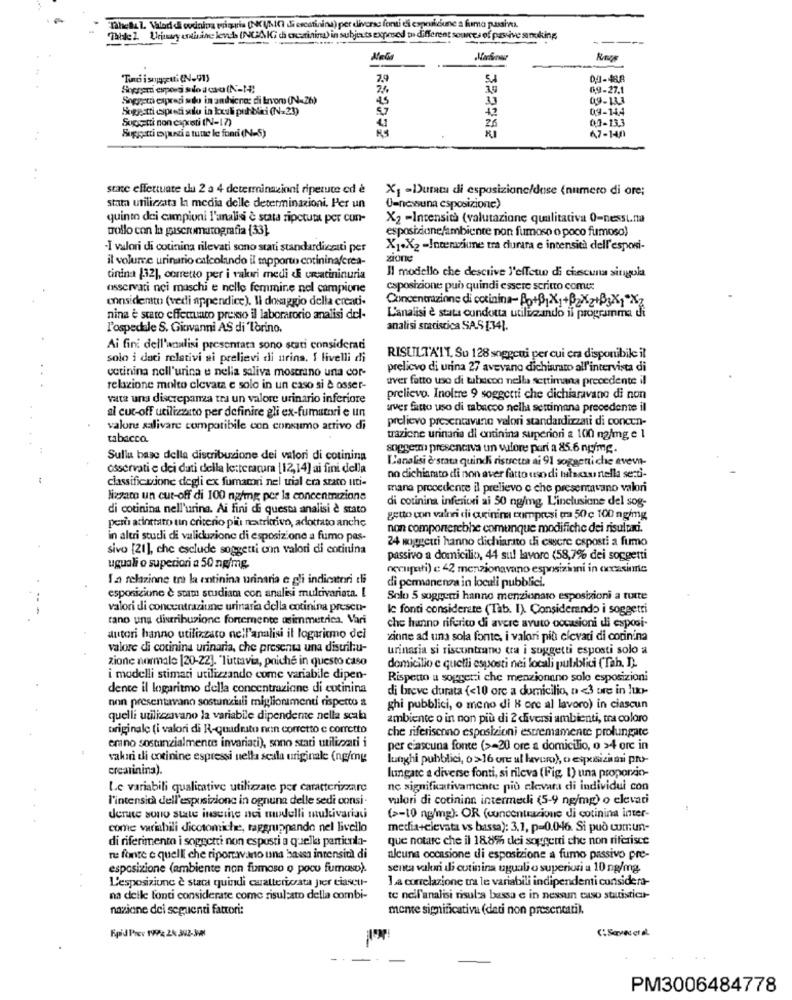
Thets l. Valadd& codinina priguria (NUNCI Si escatinind) per diverse fonti di espericiune a fumo pussies.
Thisle 2. Urinary anthane levels (NGAIG di acrinind) in subjects exposed to different sources of passive smoking,
Tid isoggetti(N-91)
Soproni esporsi slo a cao (N-14:
0,9-27.1
Sogpero espradi sto in andhicre: di Lavoro (N-26)
4,5
33
09-133
Soggetti preti solo in kxuli pubblici (N=23)
09-144
Sogetti non caketi (N-17)
0.0-13.3
Soggetti oyundi a tutte le fonti (N-S)
47-140
state effettuate du 2 a 4 determinazioni ripetute ed è
X1 -Durata di esposizione/dose (numero di ore;
stata utilizzata la media delle determinazioni. Per un
(=nessuna esposizione)
quinto dei campioni l'analisi è stata ripetuta per cun-
X2 -Intensità (valutazione qualitativa 0-nesst.na
trollo con la gascromatografia (33).
esposizione/ambiente non fumaso o poco fumoso)
-I valori di cotinina rilevati sono stati standardizzati per
X1.X2 -Ingeniume tra durara e intensità dell'esposi-
il volume urinario calcolando il mpporto entininafcrea-
zione
Il modello che descrive l'effetw di ciascuna singola
tinina [32], corretto per i vakwi medi &E creatininuria
osservati nei maschi e nelle femmine nel campione
esposizione può quindi essere scritto come:
considerto (vedi appendice). li dosaggio della creati-
Concentrazione di cotinina- Ao+B1X1+62X2+B3x1-Xz
nina è stato effettuato presso il laboratorio analisi del-
L'analisi è stata condotta utilizando il programma di
l'ospedale S. Giovanni AS di Torino.
analisi statistica SAS134).
Ai fini dell'analisi presentata sono stati considerati
solo i dati relativi ai prelievi di urina, I livelli di
RISULTATI, Su 128 soggetti per cui era disponibile il
cetinina nell'urina e nella saliva mostrano una cor-
prelievo di urina 27 avevano dichiarato all'intervista di
aver fatto uso di tabacoo nella settimana precedente il
relazione molto clevara e solo in un caso si & osser-
vata una discrepanza tra un valore urinario inferiore
prelievo. Inoltre 9 soggetti che dichiaravano di non
al cut-off utilizzato per definire gli ex-fumatori e un
aver fatto uso di tabacco nella settimana precedente il
prelievo presentavano valori standardizzati di concen-
valore salivare compatibile con consumo attivo di
tabacco.
trazione urinaria di ontinina superiori a 100 m2/mg e 1
snyggermi presenciva un valore pari a 85.6 ng/mc.
Sulla base della distribuzione dei valori di cotinina
L'analisi è stata quindi ristretta ai 91 soggetti che aveva-
osservati e dei dati della letteratura [12,14] ai fini della
classificazione degli ex fumatori nel trial era stato uti-
no dichiamato di non aver fatto uso di Iulacas nella serti-
mana procedente il prelievo e che presentavano valori
lizzato un cut-off di 100 ng/mg per la concentrazione
di cotinina inferiei ai 50 ng/mg L'inclusione del sog-
di cotinina nell'urina. Ai fini di questa analisi è stato
getto con valori di arinim compresi tra 50 c 100 ng/mg
perù acinttato un criterio più nextrimivo, adottato anche
non comporterebbe comunque modifiche dei risultati.
in altri sturli di valicuzione di esposizione a fumo pas-
24 wooggetti hanno dichiarato di essere csposti a fumo
sivo [21], che esclude soggetti con valori di cocinina
passivo a domicilio, 44 sul lavoro (58,7% dei soggetti
uguali o superiori a 50 ng/mg.
occupati) e 42 menzionavano esposizioni in oncasinnie
I .a relazione tra la motinina urinaria e gli indicatori di
di permanenza in locali pubblici.
esposizione è stam studiam con analisi multivariata. [
Solo 5 soggetti hanno menzionato esposizioni a tutte
valori di concentrazione urinaria della cotinina presco-
le fonti considerate ("Tab. I). Considerando i soggetti
tano una distribuzione fortemente asimmetrica. Vari
che hanno riferito di avere avuto occasioni di esposi-
autori hanno utilizzato nell'analisi il logaritmo del
sinne ad una sola fonte, i valori più elevati di corinina
valore di cotinina urinaria, che presenta una distribu-
urinaria si riscontrano tra i soggetti esposti solo a
zione normale [20-22]. "Tuttavia, poiché in questo caso
domicilio e quelli esposti nei locali pubblici (Tah, D).
i modelli stimati utilizzando come variabile dipen-
Rispetto a soggetti che menzionano solo esposizioni
dente il logaritmo della concentrazione di cotinina
di breve durata (<10 ore a domicilio, o <3 ure in luo-
non presentavano sostanziali miglioramenti rispetto a
ghi pubblici, o meno di 8 ore al lavoro) in ciascun
quelli utilizzavano la variabile dipendente nella scala
ambiente o in non più di 2 diversi ambienti, tra coloro
originale (i valori di R-quadrato non corretto e corretto
erano sostanzialmente invariati), sono stati utilizzati i
che riferiscono esposizioni estremamente prolungate
per ciascuna fonte (>=20 ore a domicilio, o >4 ore in
sakari di cotinine espressi uella seala originale (ng/my
lunghi pubblici, o>16 ore al lavoro), o esposizioni pro-
creatinina).
lungate a diverse fonti, si rileva (Fig, 1) una proporcio-
Le variabili qualitative utilizzate per caratterizzare
nc significativamente più elevara di individui con
l'intensità dell'esposizione in ognuna delle sedi consi-
valori di cotininn intermedi (5-9 ng/mg) o elevati
dere sono state inserite nci modelli multivariaci
(>-10 ng/mg). OR (concentrazione di cotinina inter-
come variabili dicotomiche, raggruppando nel livello
media+elevata vs bassa): 3.1, p=0.046. Si può comun-
di riferimento i soggetti non esposti a quella partienla-
que notare che il 18.8% dei soggetti che non riferisce
re fonte e quelli che riportavano una bassa intensità di
alcuna occasione di esposizione a fumo passivo pre-
esposizione (ambiente non fumoso o poco fumaso).
senta valori dli cutinina uguali o superiori a 10 ng/mg.
L'esposizione è stata quindi carattericata per ciaseu-
La correlazione tra le variabili indipendenti considera-
na delle fonti considerate come risultato della combi-
te nell'analisi risul:a bassa e in nessun caso statistici-
nazione dei seguenti fattori:
mente significativa (dati non presentati).
CSavecetal.
Ripid Prev 199 24: 302-3
PM3006484778